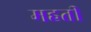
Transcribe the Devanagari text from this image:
महतीं